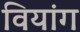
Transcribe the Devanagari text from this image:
वियांग